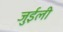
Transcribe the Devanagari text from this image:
जुईली